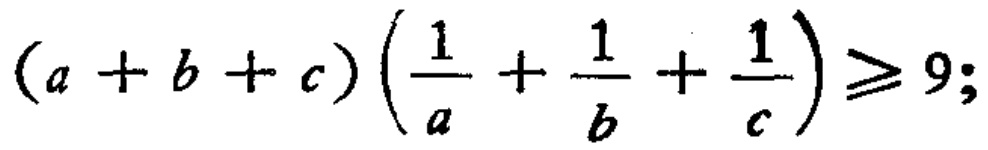
\((a + b + c)\left(\frac{1}{a}+\frac{1}{b}+\frac{1}{c}\right)\geq 9;\)